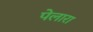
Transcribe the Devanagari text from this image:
पेलारा